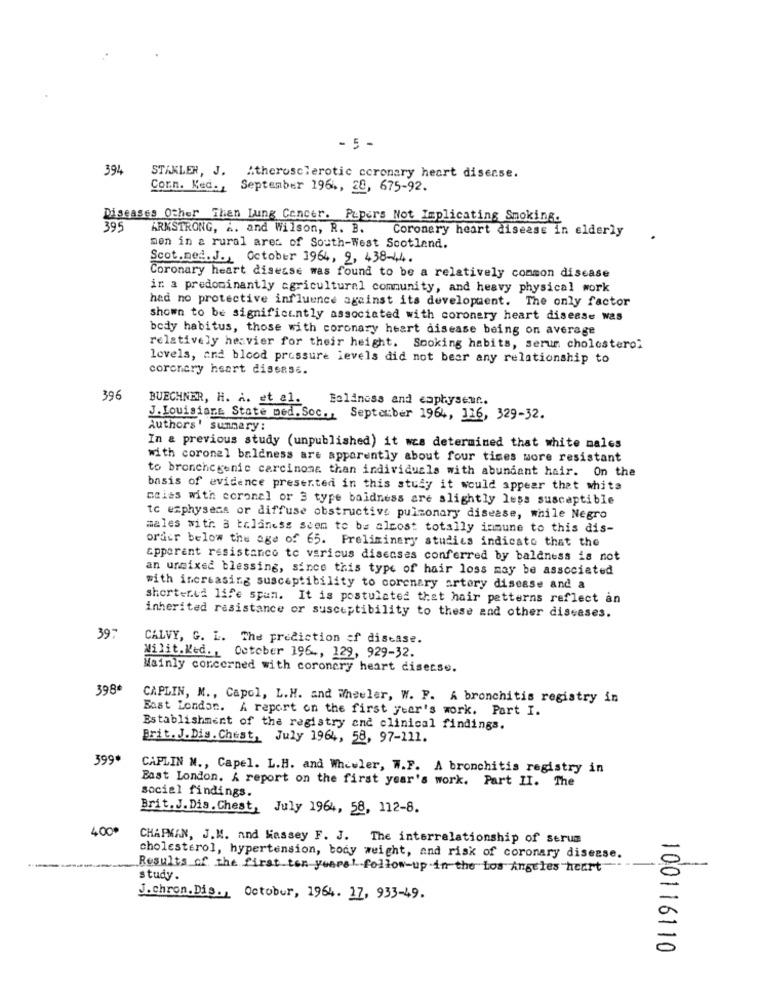
- 5 -
394
STAKLER, J. Atherosclerotic coronary heart disease.
Corn. Ked. , September 1964, 20, 675-92.
Diseases Other Than Lung Cancer. Papers Not Implicating Smoking.
395
ARMSTRONG, A. and Wilson, R. B. Coronary heart disease in elderly
men in a rural aret of South-West Scotland.
Scot.net.J ., October 1964, 2, 438-44.
Coronary heart disease was found to be a relatively common disease
in a predominantly agricultural community, and heavy physical work
had no protective influence against its development. The only factor
shown to be significantly associated with coronary heart disease was
body habitus, those with coronary heart disease being on average
relatively heavier for their height. Smoking habits, serum cholesterol
levels, and blood pressure levels did not bear any relationship to
coronary heart disease.
396
BUECHNER, H. A. et al.
Boldness and caphysent ..
J. Louisiana State med. Soc ., September 1964, 116, 329-32.
Authors' summary:
In & previous study (unpublished) it wcs determined that white males
with coronel baldness are apparently about four times more resistant
to bronche genie carcinome than individuals with abundant hair. On the
basis of evidence presented in this study it would appear that whits
meias with coronel or 3 type baldness are slightly less susceptible
tc ezphysess or diffuse obstructive pulmonary disease, while Negro
males with 3 trlaness seem to be almost totally inmune to this dis-
order below the age of 65. Preliminary studies indicato that the
apparent resistance to various diseases conferred by baldness is not
an unmixed blessing, since this type of hair loss may be associated
with increasing susceptibility to coronary artery disease and a
shortened life span. It is postulated that hair patterns reflect an
inherited resistance or susceptibility to these and other diseases.
39-
CALVY, G. L. The prediction of disease.
Milit.Ked. , October 196 ., 129, 929-32.
Mainly concerned with coronary heart disecse.
398*
CAPLIN, M ., Capol, L.H. and Wheeler, W. F. A bronchitis registry in
Bast London. A report on the first year's work. Part I.
Establishment of the registry and clinical findings.
Brit. J.Dis. Chest, July 1964, 58, 97-111.
399*
CAPLIN N ., Capel. L.H. and Wheeler, W.F. A bronchitis registry in
East London. A report on the first year's work. Part II. The
social findings.
Brit. J. Dis.Chest, July 1964, 58, 112-8.
400*
CHAPMAN, J.M. and Massey F. J. The interrelationship of serum
cholesterol, hypertension, body weight, and risk of coronary disease.
Results of the first ten years' follow-up in the Los Angeles heart
study.
J.chron.Dis ., October, 1964. 17, 933-49.
100116110